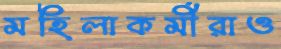
মহিলাকর্মীরাও